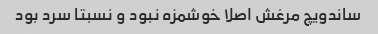
ساندویچ مرغش اصلا خوشمزه نبود و نسبتا سرد بود